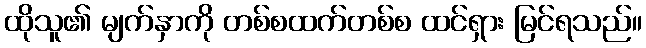
ထိုသူ၏ မျက်နှာကို တစ်စထက်တစ်စ ထင်ရှား မြင်ရသည်။